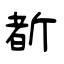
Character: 斱